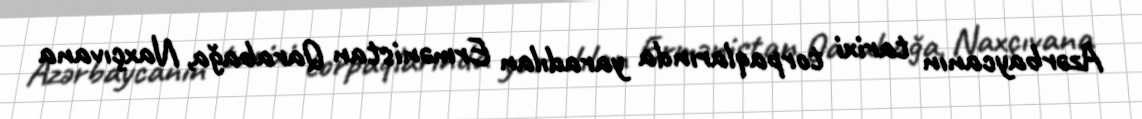
Azərbaycanın tarixi torpaqlarında yaradılan Ermənistan Qarabağa, Naxçıvana